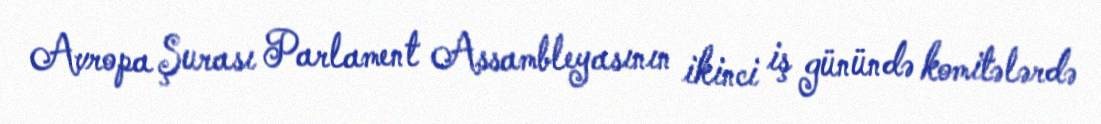
Avropa Şurası Parlament Assambleyasının ikinci iş günündə komitələrdə